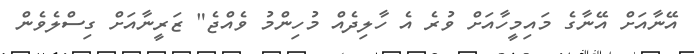
އޭނާއަށް އޭނާގެ މައިމީހާއަށް ވުރެ އެ ހާލިދެއް މުހިންމު ވެއްޖެ" ޒަރީނާއަށް ގިސްލެވެން